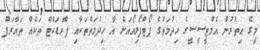
މީގެ އިތުރުން އެމްޓީސީސީގެ ހިދުމަތުގެ ޕޯޓްފޯލިއޯއަށް އާ ހިދުމަތްތަކާއި ޕްރޮޑަކްޓް ތަކެއް ތައާރަފް